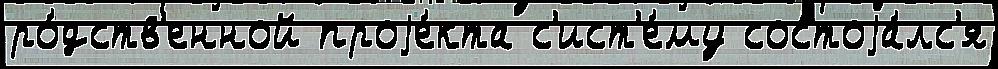
ро́дств'енной проjе́кта с'ист'е́му состоjа́лс'я